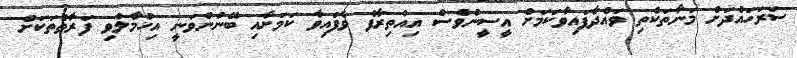
ސަރަހައްދަށް މަނާތަކެތި ވައްދާފައިވާކަމަށް އީސީންވެސް އިއުތިރާފް ވެފައިވާ ކަމަށާއި ބޭނުންވަނީ އިހުމާލުވި ފަރާތްތަކަށް